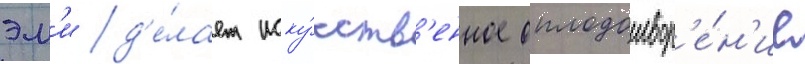
эм'и д'е́лает иску́сств'енное оплодотвор'е́н'ие